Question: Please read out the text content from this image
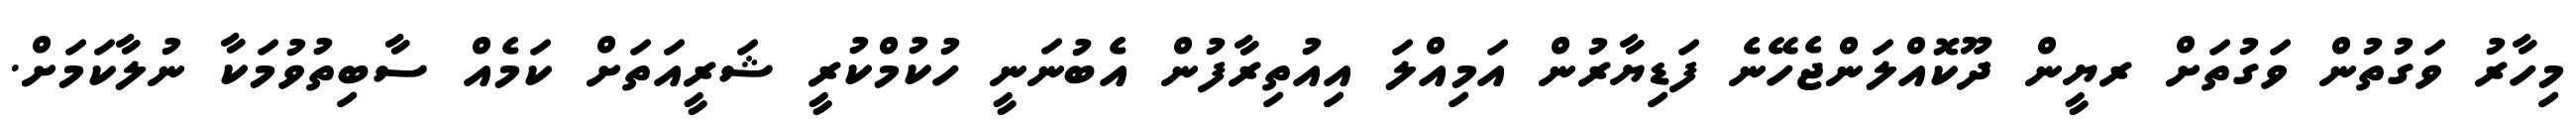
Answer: މިހާރު ވަގުތުން ވަގުތަށް ރޔީން ދޫކޮއްލަންޖެހޭނެ ފަޑިޔާރުން އަމިއްލަ އިއުތިރާފުން އެބުނަނީ ހުކުމްކުރީ ޝަރީއަތަށް ކަމެއް ސާބިތުވުމަކާ ނުލާކަމަށް.